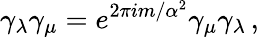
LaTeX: \gamma_{\lambda}\gamma_{\mu}=e^{2\pi im/\alpha^{2}}\gamma_{\mu}\gamma_{\lambda}\, ,